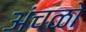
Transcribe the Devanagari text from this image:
अंचळो